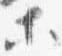
等